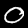
Label: 0